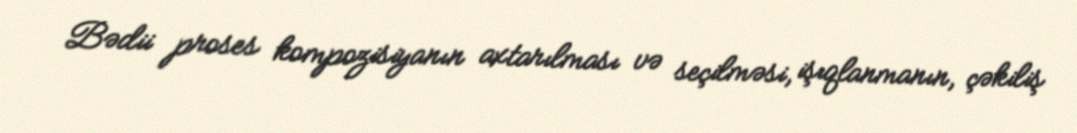
Bədii proses kompozisiyanın axtarılması və seçilməsi, işıqlanmanın, çəkiliş